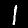
Digit: 1